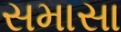
સમાસા